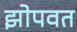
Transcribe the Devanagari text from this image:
झोपवत